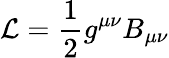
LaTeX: {\mathcal{L}}={\frac{1}{2}}g^{\mu\nu}B_{\mu\nu}